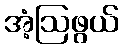
အံ့ဩဖွယ်